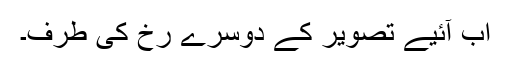
اب آئیے تصویر کے دوسرے رُخ کی طرف۔